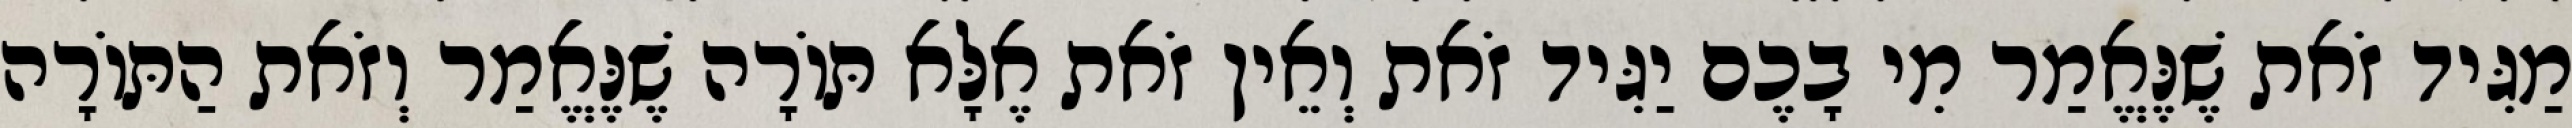
מַגִּיד זֹאת שֶׁנֶּאֱמַר מִי בָכֶם יַגִּיד זֹאת וְאֵין זֹאת אֶלָּא תּוֹרָה שֶׁנֶּאֱמַר וְזֹאת הַתּוֹרָה